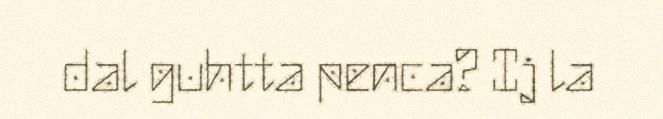
dal guhtta penca? Ij la